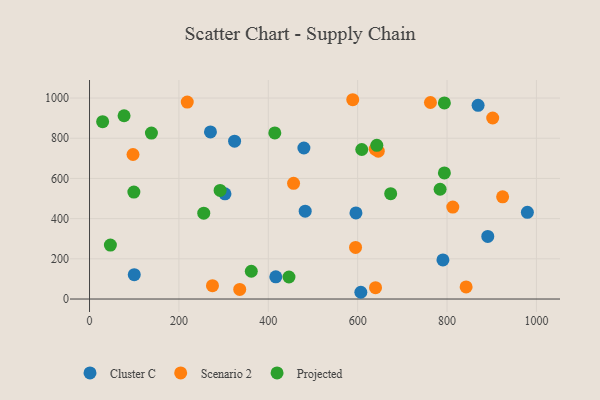
{"axis": {"x": "Price", "y": "Yield"}, "legend": ["Cluster C", "Projected", "Scenario 2"], "data": [{"x": "891.2", "y": 311.4, "type": "Cluster C"}, {"x": "596.2", "y": 428.2, "type": "Cluster C"}, {"x": "100.1", "y": 121.1, "type": "Cluster C"}, {"x": "270.6", "y": 831.2, "type": "Cluster C"}, {"x": "416.8", "y": 110.7, "type": "Cluster C"}, {"x": "979.8", "y": 431.3, "type": "Cluster C"}, {"x": "324.6", "y": 785.3, "type": "Cluster C"}, {"x": "303.1", "y": 523.4, "type": "Cluster C"}, {"x": "479.7", "y": 751.4, "type": "Cluster C"}, {"x": "790.8", "y": 194.8, "type": "Cluster C"}, {"x": "482.6", "y": 437.3, "type": "Cluster C"}, {"x": "607.1", "y": 33.6, "type": "Cluster C"}, {"x": "869.5", "y": 963.8, "type": "Cluster C"}, {"x": "218.7", "y": 979.7, "type": "Scenario 2"}, {"x": "762.9", "y": 977.7, "type": "Scenario 2"}, {"x": "842.7", "y": 60.4, "type": "Scenario 2"}, {"x": "97.3", "y": 719.0, "type": "Scenario 2"}, {"x": "456.6", "y": 575.6, "type": "Scenario 2"}, {"x": "275.1", "y": 66.6, "type": "Scenario 2"}, {"x": "336.1", "y": 47.9, "type": "Scenario 2"}, {"x": "640.0", "y": 56.6, "type": "Scenario 2"}, {"x": "902.2", "y": 900.7, "type": "Scenario 2"}, {"x": "646.1", "y": 735.8, "type": "Scenario 2"}, {"x": "812.9", "y": 457.7, "type": "Scenario 2"}, {"x": "924.4", "y": 508.5, "type": "Scenario 2"}, {"x": "639.2", "y": 745.9, "type": "Scenario 2"}, {"x": "595.3", "y": 256.9, "type": "Scenario 2"}, {"x": "589.0", "y": 991.6, "type": "Scenario 2"}, {"x": "99.2", "y": 531.9, "type": "Projected"}, {"x": "794.1", "y": 627.3, "type": "Projected"}, {"x": "362.0", "y": 138.1, "type": "Projected"}, {"x": "77.3", "y": 911.9, "type": "Projected"}, {"x": "138.5", "y": 825.5, "type": "Projected"}, {"x": "784.5", "y": 546.1, "type": "Projected"}, {"x": "673.9", "y": 524.3, "type": "Projected"}, {"x": "446.3", "y": 109.5, "type": "Projected"}, {"x": "609.2", "y": 743.9, "type": "Projected"}, {"x": "29.3", "y": 882.5, "type": "Projected"}, {"x": "794.1", "y": 975.9, "type": "Projected"}, {"x": "414.6", "y": 826.4, "type": "Projected"}, {"x": "46.7", "y": 268.4, "type": "Projected"}, {"x": "642.9", "y": 764.7, "type": "Projected"}, {"x": "255.6", "y": 427.1, "type": "Projected"}, {"x": "292.2", "y": 540.1, "type": "Projected"}]}